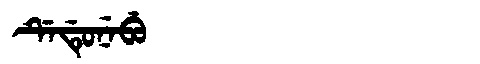
Manchu: ᡩᡝᡩᡠᠨᡝᠪᡠ
Romanization: DEDUNEBU